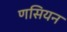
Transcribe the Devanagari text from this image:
णसियन